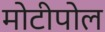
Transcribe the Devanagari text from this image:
मोटीपोल